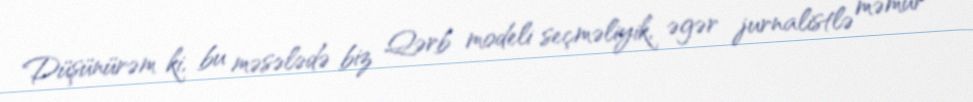
Düşünürəm ki, bu məsələdə biz Qərb modeli seçməliyik, əgər jurnalistlə məmur